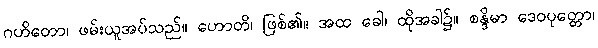
ဂဟိတော၊ ဖမ်းယူအပ်သည်။ ဟောတိ၊ ဖြစ်၏။ အထ ခေါ၊ ထိုအခါ၌။ စန္ဒိမာ ဒေဝပုတ္တော၊